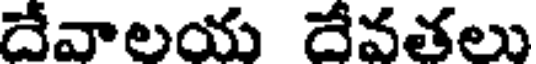
దేవాలయ దేవతలు